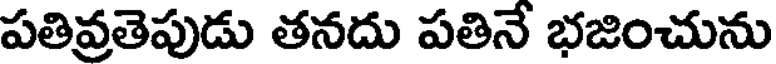
పతివ్రతెపుడు తనదు పతినే భజించును